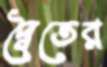
দ্বৈতের